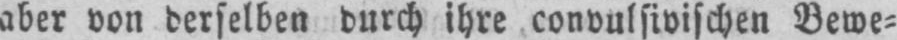
aber von derselben durch ihre convulsivischen Bewe⸗